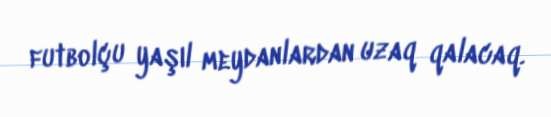
futbolçu yaşıl meydanlardan uzaq qalacaq.